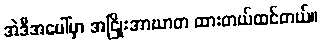
အဲဒီအပေါ်မှာ အငြိုးအာဃာတ ထားတယ်ထင်တယ်။